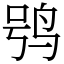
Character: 鸮